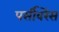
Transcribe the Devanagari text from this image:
पर्सीवरेंस